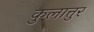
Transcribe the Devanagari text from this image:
कुलात्तुर